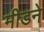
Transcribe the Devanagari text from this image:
मीडने